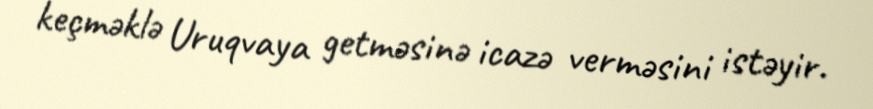
keçməklə Uruqvaya getməsinə icazə verməsini istəyir.